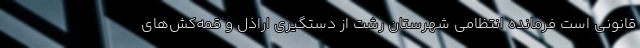
قانونی است فرمانده انتظامی شهرستان رشت از دستگیری اراذل و قمه‌کش‌های